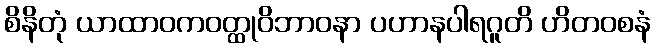
စိနိတုံ ယာထာဝကဝတ္ထုဝိဘာဝနာ ပဟာနပါရဂူတိ ဟိတဝစနံ